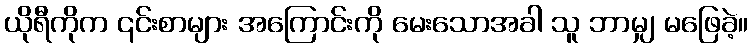
ယိုရီကိုက ၎င်းစာများ အကြောင်းကို မေးသောအခါ သူ ဘာမျှ မဖြေခဲ့။